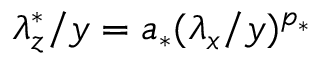
\lambda _ { z } ^ { * } / y = a _ { * } ( \lambda _ { x } / y ) ^ { p _ { * } }